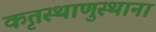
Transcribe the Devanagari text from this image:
कृतस्थाणुस्थाना